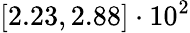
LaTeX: \left[2.23,2.88\right]\cdot 10^{2}